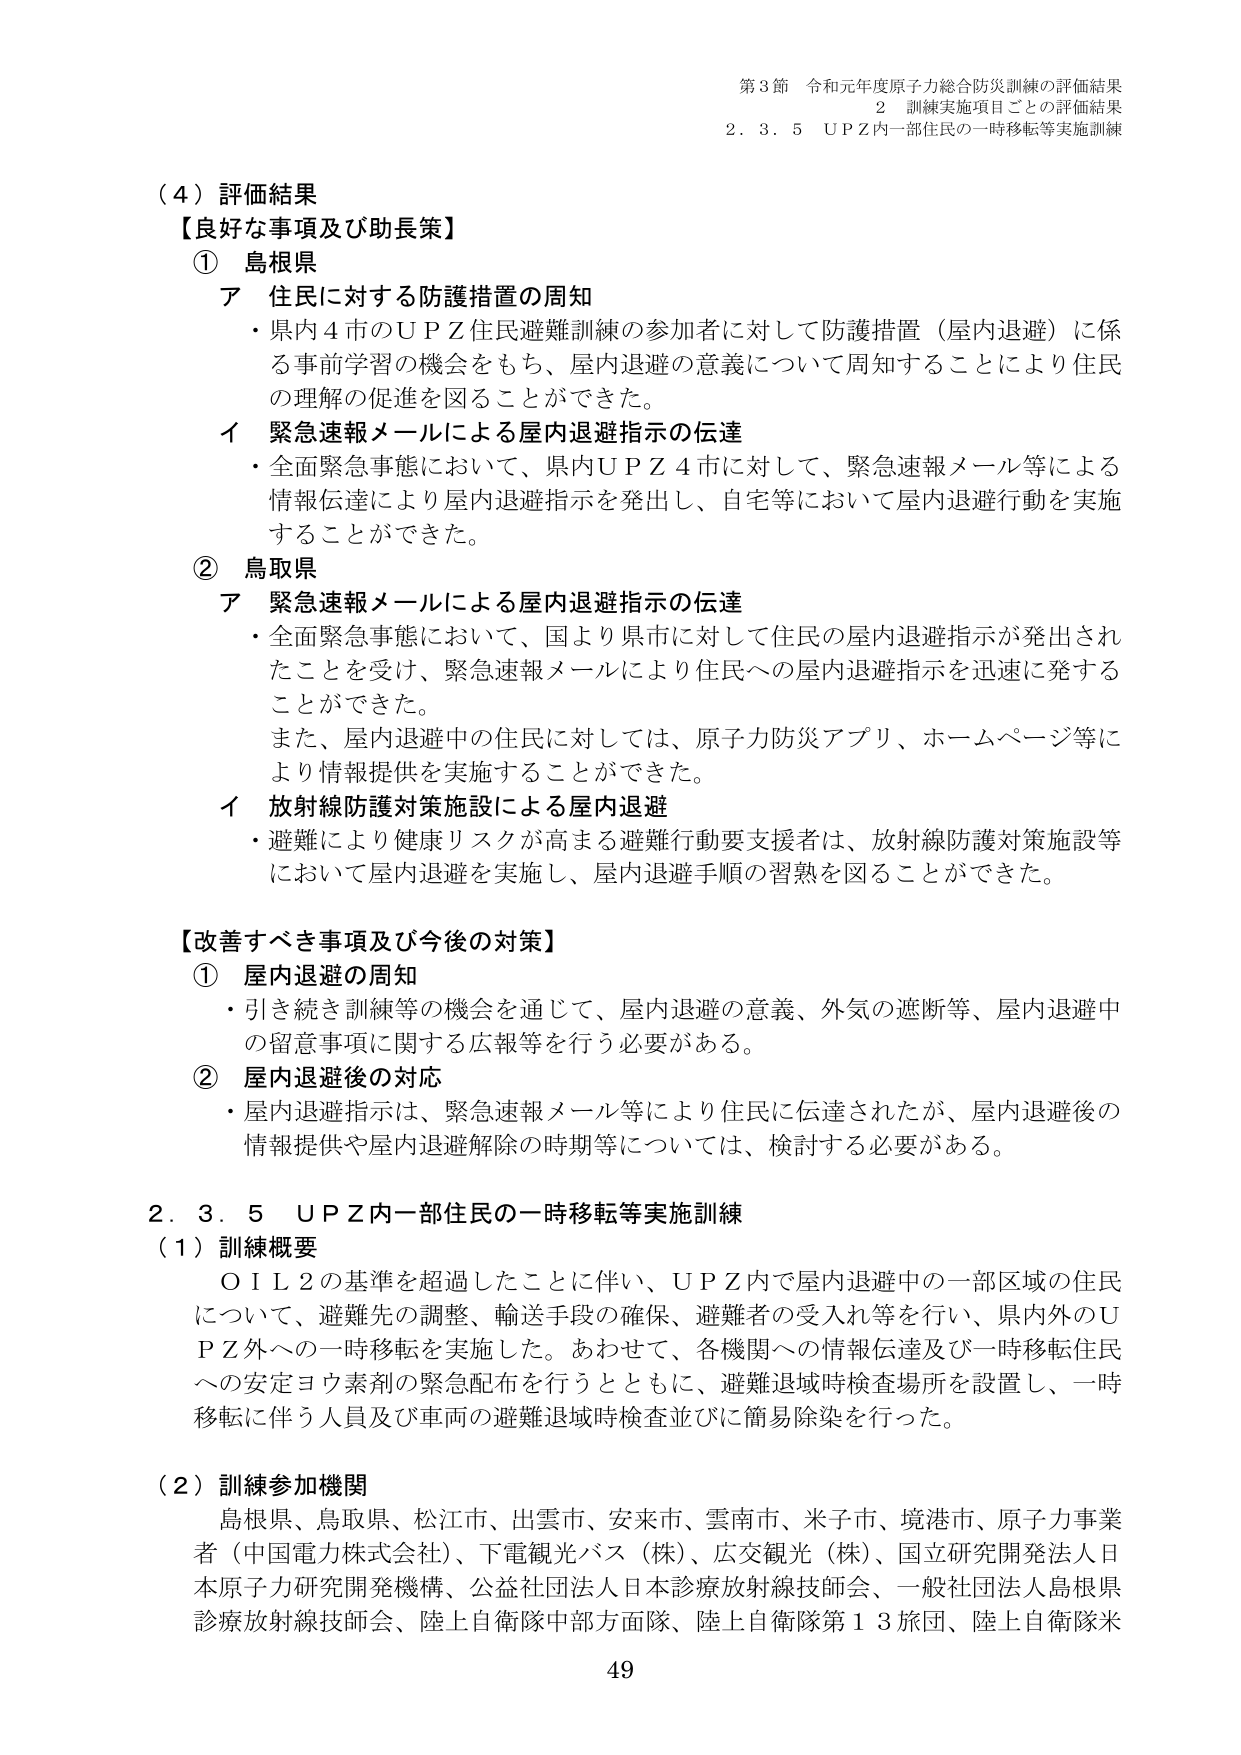
第3節 令和元年度原子力総合防災訓練の評価結果
2 訓練実施項目ごとの評価結果
2.3.5 UPZ内一部住民の一時移転等実施訓練

（4）評価結果
【良好な事項及び助長策】
① 島根県
ア 住民に対する防護措置の周知
・県内4市のUPZ住民避難訓練の参加者に対して防護措置（屋内退避）に係る事前学習の機会をもち、屋内退避の意義について周知することにより住民の理解の促進を図ることができた。
イ 緊急速報メールによる屋内退避指示の伝達
・全面緊急事態において、県内UPZ4市に対して、緊急速報メール等による情報伝達により屋内退避指示を発出し、自宅等において屋内退避行動を実施することができた。

② 鳥取県
ア 緊急速報メールによる屋内退避指示の伝達
・全面緊急事態において、国より県市に対して住民の屋内退避指示が発出されたことを受け、緊急速報メールにより住民への屋内退避指示を迅速に発することができた。
また、屋内退避中の住民に対しては、原子力防災アプリ、ホームページ等により情報提供を実施することができた。
イ 放射線防護対策施設による屋内退避
・避難により健康リスクが高まる避難行動要支援者は、放射線防護対策施設等において屋内退避を実施し、屋内退避手順の習熟を図ることができた。

【改善すべき事項及び今後の対策】
① 屋内退避の周知
・引き続き訓練等の機会を通じて、屋内退避の意義、外気の遮断等、屋内退避中の留意事項に関する広報等を行う必要がある。
② 屋内退避後の対応
・屋内退避指示は、緊急速報メール等により住民に伝達されたが、屋内退避後の情報提供や屋内退避解除の時期等については、検討する必要がある。

2.3.5 UPZ内一部住民の一時移転等実施訓練
（1）訓練概要
OIL2の基準を超過したことに伴い、UPZ内で屋内退避中の一部区域の住民について、避難先の調整、輸送手段の確保、避難者の受入れ等を行い、県内外のUPZ外への一時移転を実施した。あわせて、各機関への情報伝達及び一時移転住民への安定ヨウ素剤の緊急配布を行うとともに、避難退域時検査場所を設置し、一時移転に伴う人員及び車両の避難退域時検査並びに簡易除染を行った。

（2）訓練参加機関
島根県、鳥取県、松江市、出雲市、安来市、雲南市、米子市、境港市、原子力事業者（中国電力株式会社）、下電観光バス（株）、広交観光（株）、国立研究開発法人日本原子力研究開発機構、公益社団法人日本診療放射線技師会、一般社団法人島根県診療放射線技師会、陸上自衛隊中部方面隊、陸上自衛隊第13旅団、陸上自衛隊米

49